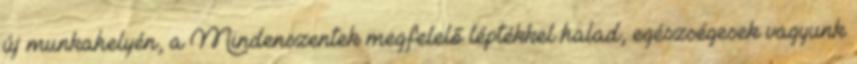
új munkahelyén, a Mindenszentek megfelelő léptékkel halad, egészségesek vagyunk